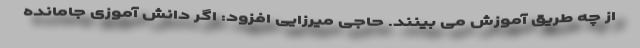
از چه طریق آموزش می بینند. حاجی میرزایی افزود: اگر دانش آموزی جامانده